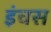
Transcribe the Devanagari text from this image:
इंचस